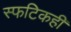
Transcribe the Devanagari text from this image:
स्फटिकही